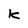
Character: k